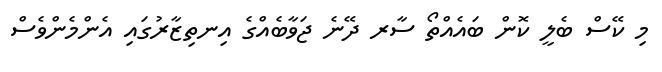
މި ކޭސް ބެލީ ކޮން ބައެއްތޯ ސާރ ދޭނެ ޖަވާބެއްގެ އިނތިޒާރުގައި އެންމެންވެސް